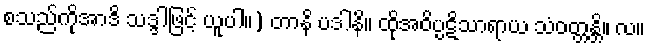
စသည်ကိုအာဒိ သဒ္ဒါဖြင့် ယူပါ။) တာနိ ပဒါနိ။ ထိုအဝိပ္ပဋိသာရာယ သံဝတ္တန္တိ။ လ။